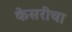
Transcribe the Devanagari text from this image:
केसरीचा